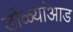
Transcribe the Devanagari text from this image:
डोळ्यांआड